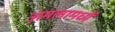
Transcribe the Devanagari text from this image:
अंमलामध्यें